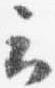
云